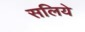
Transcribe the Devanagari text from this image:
सलिये